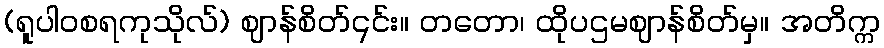
(ရူပါဝစရကုသိုလ်) ဈာန်စိတ်၎င်း။ တတော၊ ထိုပဌမဈာန်စိတ်မှ။ အတိက္က